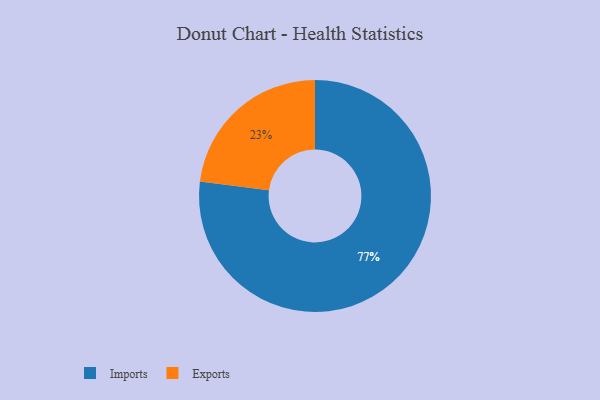
{"axis": {"x": "Category", "y": "Percentage"}, "legend": ["Exports", "Imports"], "data": [{"x": "Imports", "y": 77, "type": "Imports"}, {"x": "Exports", "y": 23, "type": "Exports"}]}